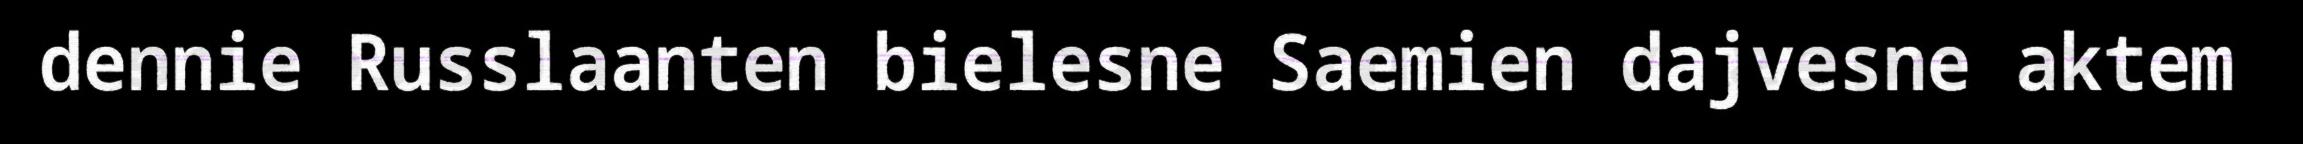
dennie Russlaanten bielesne Saemien dajvesne aktem